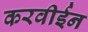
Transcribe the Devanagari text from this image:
करवीईन